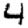
Digit: 4